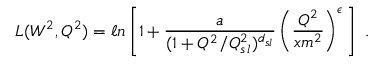
L ( W ^ { 2 } , Q ^ { 2 } ) = \ell n \left[ 1 + \frac { a } { ( 1 + Q ^ { 2 } / Q _ { s \, l } ^ { 2 } ) ^ { d _ { s l } } } \left( \frac { Q ^ { 2 } } { x m ^ { 2 } } \right) ^ { \epsilon } \, \right] \ .